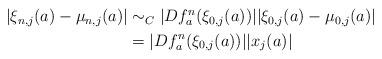
LaTeX: \begin{align*}\begin{aligned}\left|\xi_{n,j}(a)-\mu_{n,j}(a)\right|&\sim_C |Df_{a}^{n}(\xi_{0,j}(a))||\xi_{0,j}(a)-\mu_{0,j}(a)|\\&=|Df_{a}^{n}(\xi_{0,j}(a))||x_{j}(a)|\end{aligned}\end{align*}